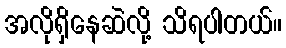
အလိုရှိနေဆဲလို့ သိရပါတယ်။